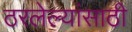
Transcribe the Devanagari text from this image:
ठरलेल्यांसाठी